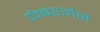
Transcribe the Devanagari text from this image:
फेबरगैस